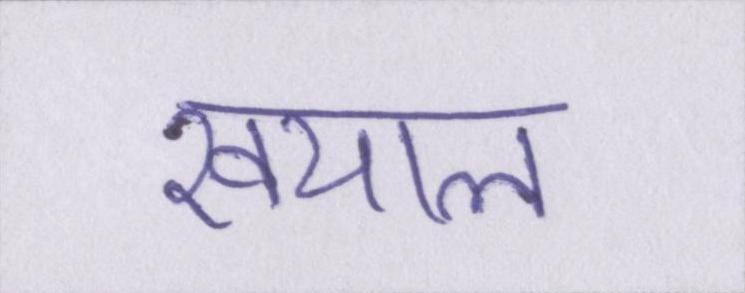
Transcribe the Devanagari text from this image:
खयाल